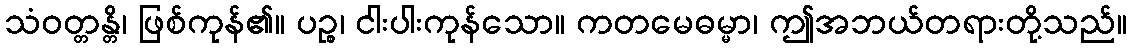
သံဝတ္တန္တိ၊ ဖြစ်ကုန်၏။ ပဉ္စ၊ ငါးပါးကုန်သော။ ကတမေဓမ္မာ၊ ဤအဘယ်တရားတို့သည်။